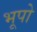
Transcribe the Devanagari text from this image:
भूपो